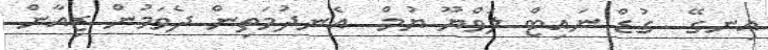
އިނގޭ  ގުޑް ނައިޓް ލަވްޔޫ ޔުމް  އެނދުމަތިން ދެވަމުން ޒިއާން